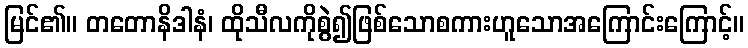
မြင်၏။ တတောနိဒါနံ၊ ထိုသီလကိုစွဲ၍ဖြစ်သောစကားဟူသောအကြောင်းကြောင့်။